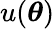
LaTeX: u(\boldsymbol{\theta})